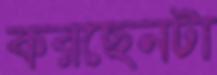
করছেনটা